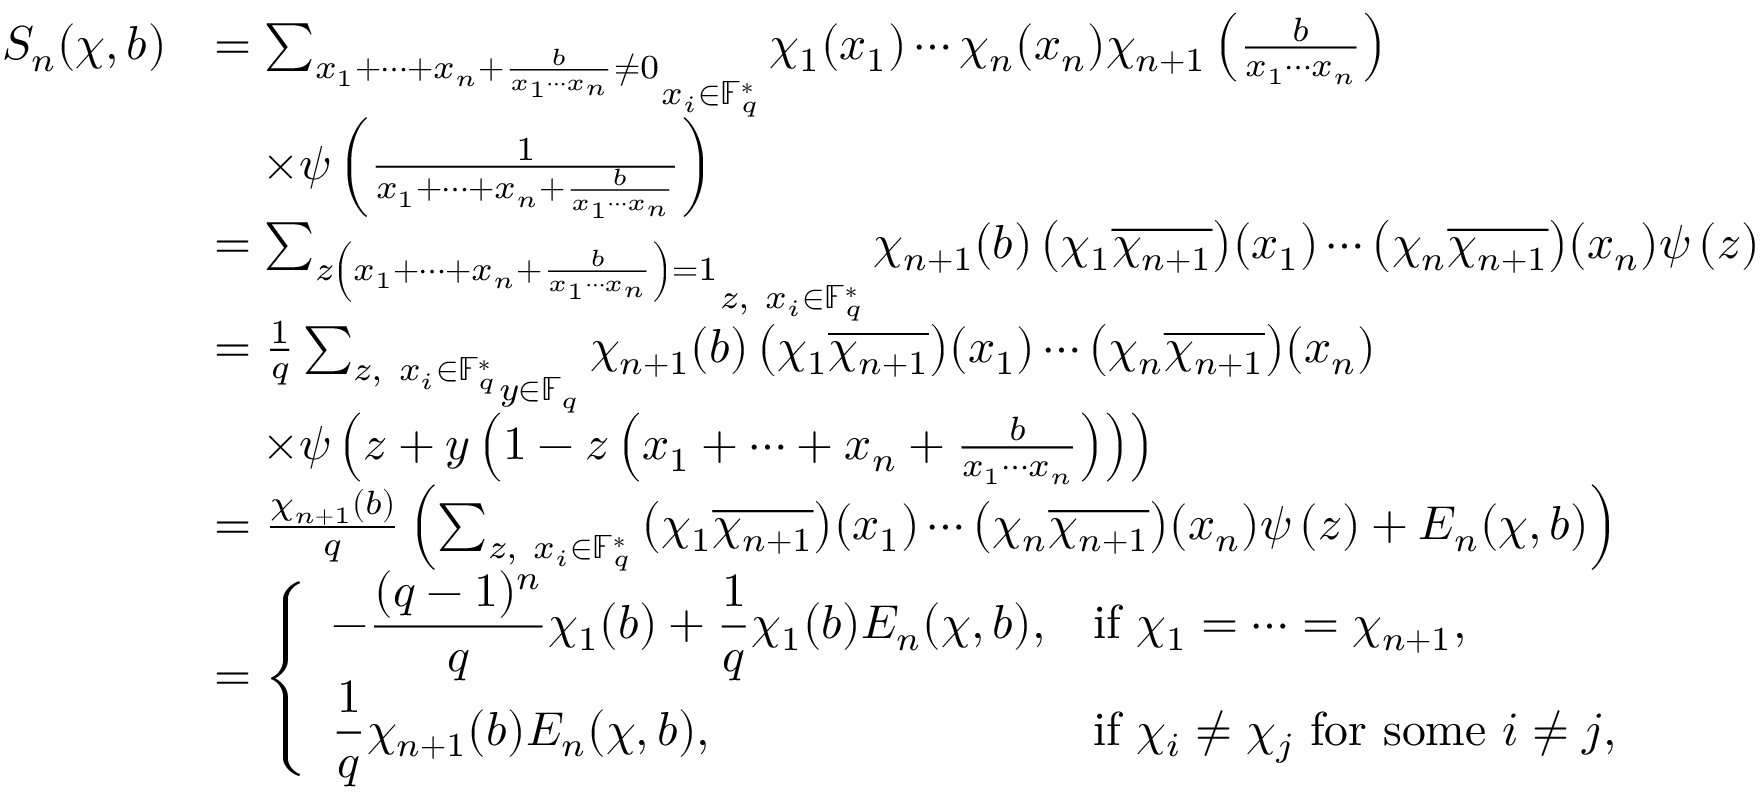
\begin{array} { r l } { S _ { n } ( \chi , b ) } & { = \mathop { \sum _ { x _ { 1 } + \cdots + x _ { n } + \frac { b } { x _ { 1 } \cdots x _ { n } } \neq 0 } } _ { x _ { i } \in \mathbb { F } _ { q } ^ { * } } \chi _ { 1 } ( x _ { 1 } ) \cdots \chi _ { n } ( x _ { n } ) \chi _ { n + 1 } \left( \frac { b } { x _ { 1 } \cdots x _ { n } } \right) } \\ & { \quad \times \psi \left( \frac { 1 } { x _ { 1 } + \cdots + x _ { n } + \frac { b } { x _ { 1 } \cdots x _ { n } } } \right) } \\ & { = \mathop { \sum _ { z \left( x _ { 1 } + \cdots + x _ { n } + \frac { b } { x _ { 1 } \cdots x _ { n } } \right) = 1 } } _ { z , \ x _ { i } \in \mathbb { F } _ { q } ^ { * } } \chi _ { n + 1 } ( b ) \left( \chi _ { 1 } \overline { { \chi _ { n + 1 } } } \right) \! ( x _ { 1 } ) \cdots \left( \chi _ { n } \overline { { \chi _ { n + 1 } } } \right) \! ( x _ { n } ) \psi \left( z \right) } \\ & { = \frac { 1 } { q } \mathop { \sum _ { z , \ x _ { i } \in \mathbb { F } _ { q } ^ { * } } } _ { y \in \mathbb { F } _ { q } } \chi _ { n + 1 } ( b ) \left( \chi _ { 1 } \overline { { \chi _ { n + 1 } } } \right) \! ( x _ { 1 } ) \cdots \left( \chi _ { n } \overline { { \chi _ { n + 1 } } } \right) \! ( x _ { n } ) } \\ & { \quad \times \psi \left( z + y \left( 1 - z \left( x _ { 1 } + \cdots + x _ { n } + \frac { b } { x _ { 1 } \cdots x _ { n } } \right) \right) \right) } \\ & { = \frac { \chi _ { n + 1 } ( b ) } { q } \left( \sum _ { z , \ x _ { i } \in \mathbb { F } _ { q } ^ { * } } \left( \chi _ { 1 } \overline { { \chi _ { n + 1 } } } \right) \! ( x _ { 1 } ) \cdots \left( \chi _ { n } \overline { { \chi _ { n + 1 } } } \right) \! ( x _ { n } ) \psi \left( z \right) + E _ { n } ( \chi , b ) \right) } \\ & { = \left\{ \begin{array} { l l } { \displaystyle - \frac { ( q - 1 ) ^ { n } } { q } \chi _ { 1 } ( b ) + \frac { 1 } { q } \chi _ { 1 } ( b ) E _ { n } ( \chi , b ) , } & { \mathrm { i f } \ \chi _ { 1 } = \cdots = \chi _ { n + 1 } , } \\ { \displaystyle \frac { 1 } { q } \chi _ { n + 1 } ( b ) E _ { n } ( \chi , b ) , } & { \mathrm { i f } \ \chi _ { i } \neq \chi _ { j } \ \mathrm { f o r ~ s o m e } \ i \neq j , } \end{array} \right. } \end{array}